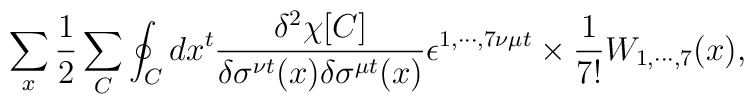
\sum_{x} \frac{1}{2} \sum_{C} \oint_{C} dx^{t} \frac{\delta^2 \chi [C]}{\delta\sigma^{\nu t}(x)\delta\sigma^{\mu t}(x)} \epsilon^{1, \cdots, 7\nu\mu t} \times \frac{1}{7!} W_{1, \cdots, 7}(x),